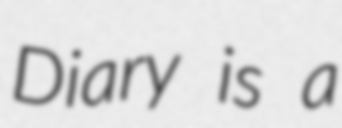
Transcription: Diary is a